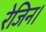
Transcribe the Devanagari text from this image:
रेजिन।